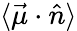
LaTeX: \langle\vec{\mu}\cdot\hat{n}\rangle